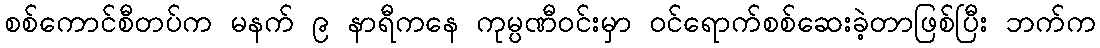
စစ်ကောင်စီတပ်က မနက် ၉ နာရီကနေ ကုမ္ပဏီဝင်းမှာ ဝင်ရောက်စစ်ဆေးခဲ့တာဖြစ်ပြီး ဘက်က